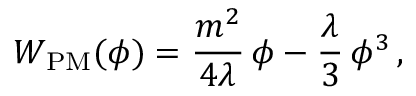
{ \cal W } _ { \mathrm { P M } } ( \phi ) = \frac { m ^ { 2 } } { 4 \lambda } \, \phi - \frac { \lambda } { 3 } \, \phi ^ { 3 } \, ,